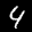
Label: 4